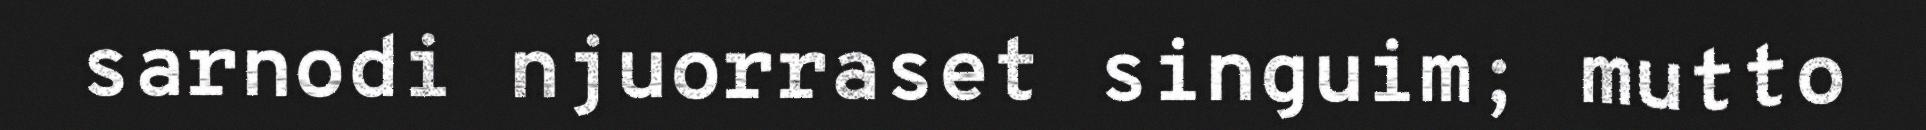
sarnodi njuorraset singuim; mutto